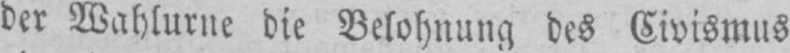
der Wahlurne die Belohnung des Civismus